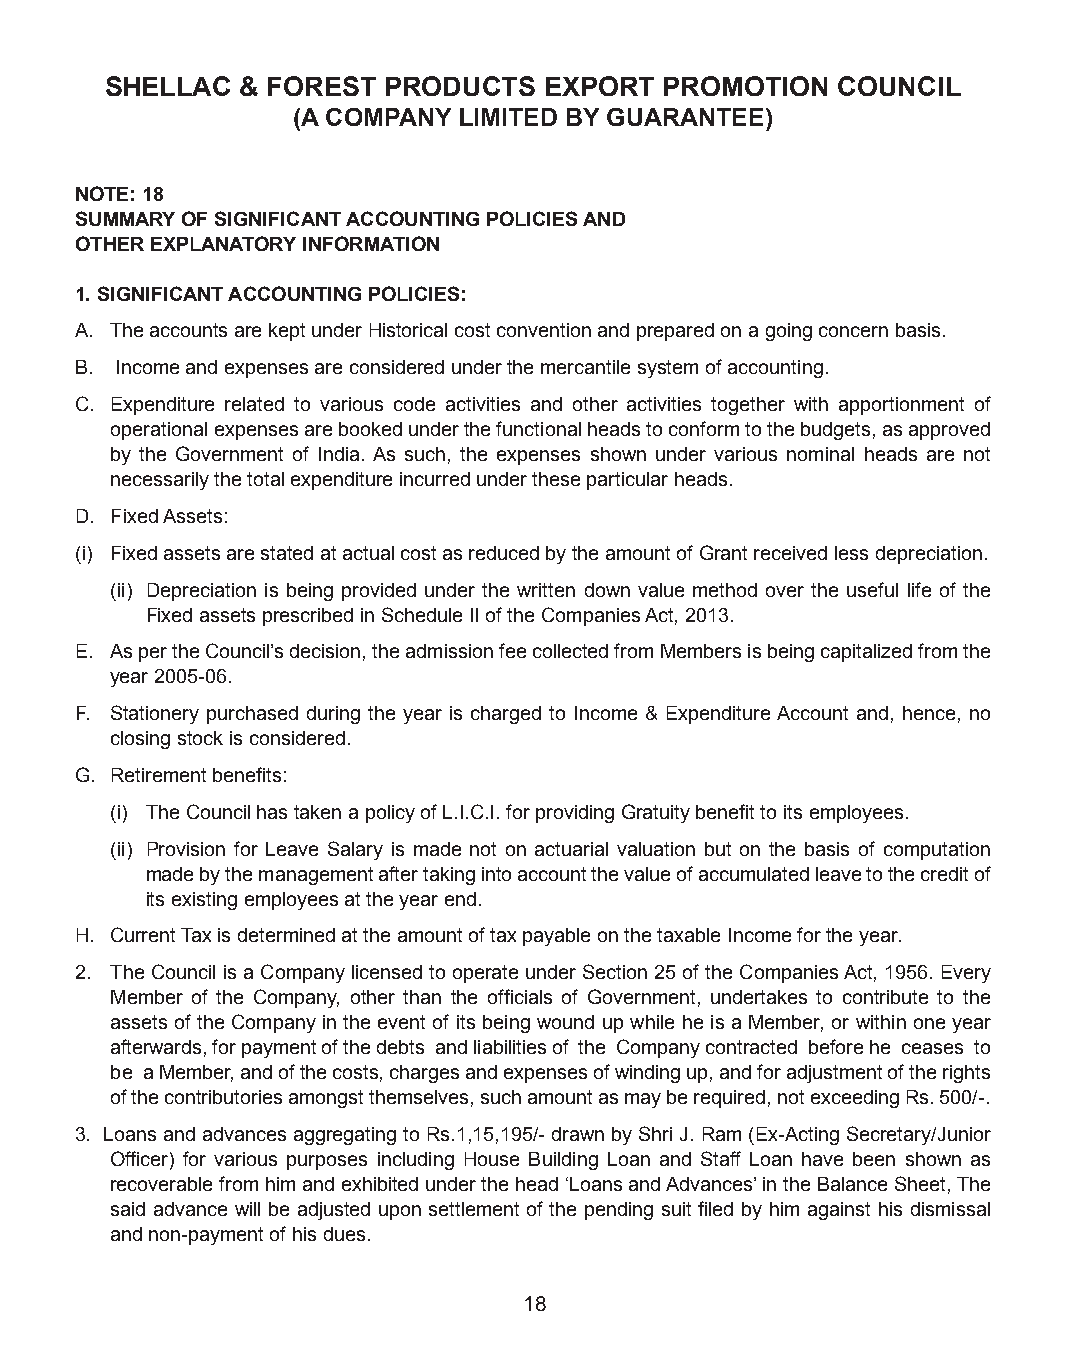
SHELLAC  & FOREST PRODUCTS   EXPORT  PROMOTION  COUNCIL
 (A COMPANY LIMITED BY GUARANTEE)
 NOTE: 18
 SUMMARY OF SIGNIFICANT ACCOUNTING POLICIES AND
 OTHER EXPLANATORY INFORMATION
 1. SIGNIFICANT ACCOUNTING POLICIES:
 A. The accounts are kept under Historical cost convention and prepared on a going concern basis.
 B. Income and expenses are considered under the mercantile system of accounting.
 C. Expenditure related to various code activities and other activities together with apportionment of
 operational expenses are booked under the functional heads to conform to the budgets, as approved
 by the Government of India. As such, the expenses shown under various nominal heads are not
 necessarily the total expenditure incurred under these particular heads.
 D. Fixed Assets:
 (i) Fixed assets are stated at actual cost as reduced by the amount of Grant received less depreciation.
 (ii) Depreciation is being provided under the written down value method over the useful life of the
 Fixed assets prescribed in Schedule II of the Companies Act, 2013.
 E. As per the Council’s decision, the admission fee collected from Members is being capitalized from the
 year 2005-06.
 F. Stationery purchased during the year is charged to Income & Expenditure Account and, hence, no
 closing stock is considered.
 G. Retirement benefits:
 (i) The Council has taken a policy of L.I.C.I. for providing Gratuity benefit to its employees.
 (ii) Provision for Leave Salary is made not on actuarial valuation but on the basis of computation
 made by the management after taking into account the value of accumulated leave to the credit of
 its existing employees at the year end.
 H. Current Tax is determined at the amount of tax payable on the taxable Income for the year.
 2. The Council is a Company licensed to operate under Section 25 of the Companies Act, 1956. Every
 Member of the Company, other than the officials of Government, undertakes to contribute to the
 assets of the Company in the event of its being wound up while he is a Member, or within one year
 afterwards, for payment of the debts and liabilities of the Company contracted before he ceases to
 be a Member, and of the costs, charges and expenses of winding up, and for adjustment of the rights
 of the contributories amongst themselves, such amount as may be required, not exceeding Rs. 500/-.
 3. Loans and advances aggregating to Rs.1,15,195/- drawn by Shri J. Ram (Ex-Acting Secretary/Junior
 Officer) for various purposes including House Building Loan and Staff Loan have been shown as
 recoverable from him and exhibited under the head ‘Loans and Advances’ in the Balance Sheet, The
 said advance will be adjusted upon settlement of the pending suit filed by him against his dismissal
 and non-payment of his dues.
 18